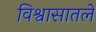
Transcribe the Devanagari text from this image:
विश्वासातले